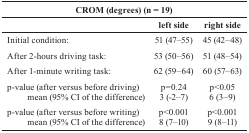
<table><thead><tr><td colspan="3"><b>CROM (degrees) (n=19)</b></td></tr><tr><td></td><td><b>left side</b></td><td><b>right side</b></td></tr></thead><tbody><tr><td>Initial condition:</td><td>51 (47–55)</td><td>45 (42–48)</td></tr><tr><td>After 2-hours driving task:</td><td>53 (50–56)</td><td>51 (48–54)</td></tr><tr><td>After 1-minute writing task:</td><td>62 (59–64)</td><td>60 (57–63)</td></tr><tr><td>p-value (after versus before driving)</td><td>p=0.24</td><td>p&lt;0.05</td></tr><tr><td>mean (95% CI of the difference)</td><td>3 (-2–7)</td><td>6 (3–9)</td></tr><tr><td>p-value (after versus before writing)</td><td>p&lt;0.001</td><td>p&lt;0.001</td></tr><tr><td>mean (95% CI of the difference)</td><td>8 (7–10)</td><td>9 (8–11)</td></tr></tbody></table>